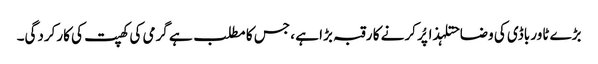
بڑے ٹاور باڈی کی وضاحتلہذا پُر کرنے کا رقبہ بڑا ہے ، جس کا مطلب ہے گرمی کی کھپت کی کارکردگی۔